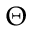
\Theta